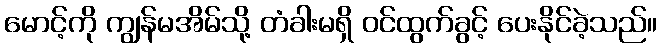
မောင့်ကို ကျွန်မအိမ်သို့ တံခါးမရှိ ဝင်ထွက်ခွင့် ပေးနိုင်ခဲ့သည်။